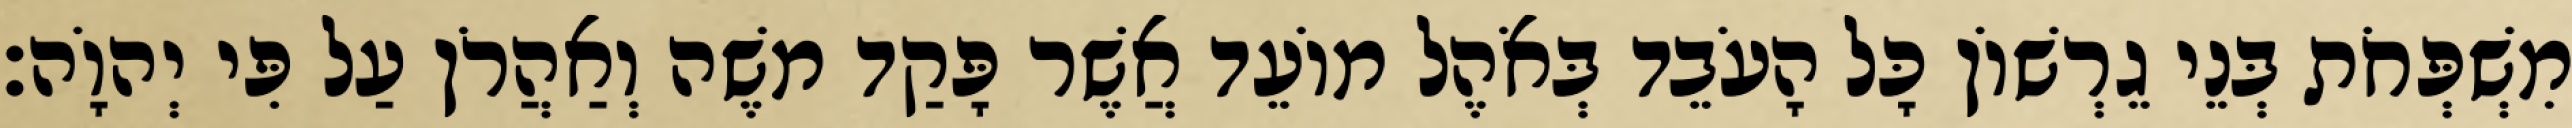
מִשְׁפְּחֹת בְּנֵי גֵרְשׁוֹן כָּל הָעֹבֵד בְּאֹהֶל מוֹעֵד אֲשֶׁר פָּקַד משֶׁה וְאַהֲרֹן עַל פִּי יְהוָֹה׃